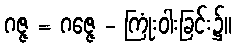
ဂဇ္ဇ = ဂဇ္ဇေ - ကြုံးဝါးခြင်း၌။